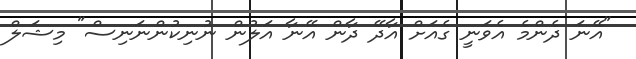
"އޭނަ ދެންމެ އެވަނީ ގެއަށް އާދޭ ދާން އޭނާ އަލުން ނުނިކުންނަނިސް" މިޝަލް